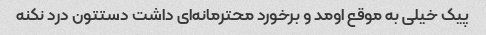
پیک خیلی به موقع اومد و برخورد محترمانه‌ای داشت دستتون درد نکنه